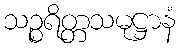
သဉ္စရိတ္တသမုဋ္ဌာနံ